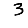
Digit: 3